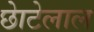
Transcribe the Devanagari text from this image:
छाेटेलाल